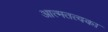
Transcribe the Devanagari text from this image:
आत्मतत्वका